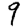
Digit: 9